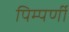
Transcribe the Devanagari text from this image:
पिम्पर्णी